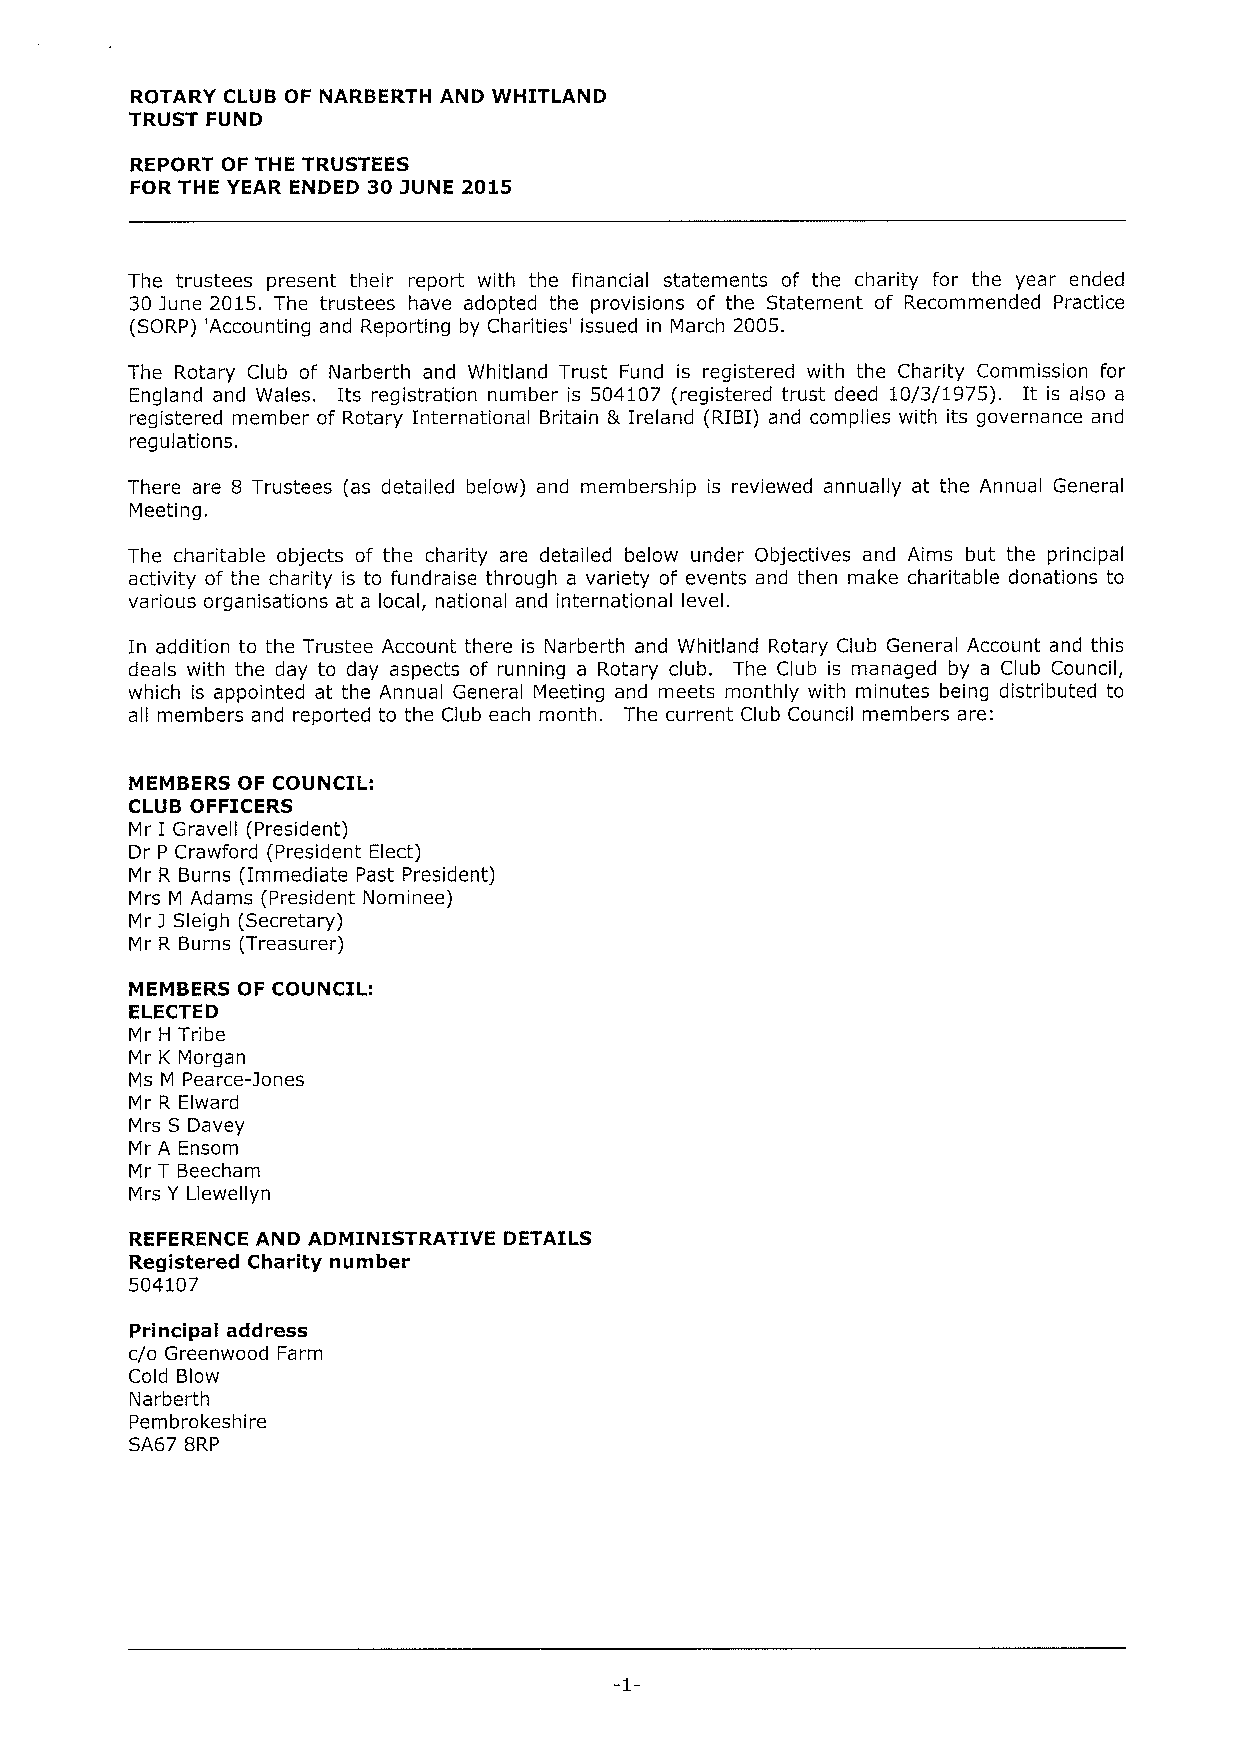
ROTARY CLUB OF NARBERTH AND WHITLAND
 TRUST FUND
 REPORT OF THE TRUSTEES
 FOR THE YEAR ENDED 30 jUNE 2015
 The trustees present their report with the financial statements of the charity for the year ended
 30 June 2015. The trustees have adopted the provisions of the Statement of Recommended Practice
 (SORP) 'Accounting and Reporting by Charities' issued in March 2005.
 The Rotary Club of Narberth and Whitland Trust Fund is registered with the Charity Commission for
 England and Wales. Its registration number is 504107 (registered trust deed 10/3/1975). It is also a
 registered member of Rotary International Britain 5 Ireland (RIBI) and complies with its governance and
 regulations.
 There are 8 Trustees (as detailed below) and membership is reviewed annually at the Annual General
 Meeting.
 The charitable objects of the charity are detailed below under Objectives and Aims but the principal
 activity of the charity is to fundraise through a variety of events and then make charitable donations to
 various organisations at a local, national and international level.
 In addition to the Trustee Account there is Narberth and Whitland Rotary Club General Account and this
 deals with the day to day aspects of running a Rotary club. The Club is managed by a Club Council,
 which is appointed at the Annual General Meeting and meets monthly with minutes being distributed to
 all members and reported to the Club each month. The current Club Council members are:
 MEMBERS OF COUNCIL:
 CLUB OFFICERS
 Mr I Gravell (President)
 Dr P Crawford (President Elect)
 Mr R Burns (Immediate Past President)
 Mrs M Adams (President Nominee)
 Mr J Sleigh (Secretary)
 Mr R Burns (Treasurer)
 MEMBERS OF COUNCIL:
 ELECTED
 Mr H Tribe
 Mr K Morgan
 Ms M Pearce-jones
 Mr R Elward
 Mrs S Davey
 Mr A Ensom
 Mr T Beecham
 Mrs Y Llewellyn
 REFERENCE AND ADMINISTRATIVE DETAILS
 Registered Charity number
 504107
 Principal address
 c/o Greenwood Farm
 Cold Blow
 Narberth
 Pembrokeshire
 SA67 8RP